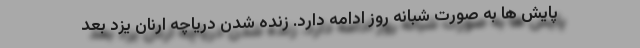
پایش ها به صورت شبانه روز ادامه دارد. زنده شدن دریاچه ارنان یزد بعد